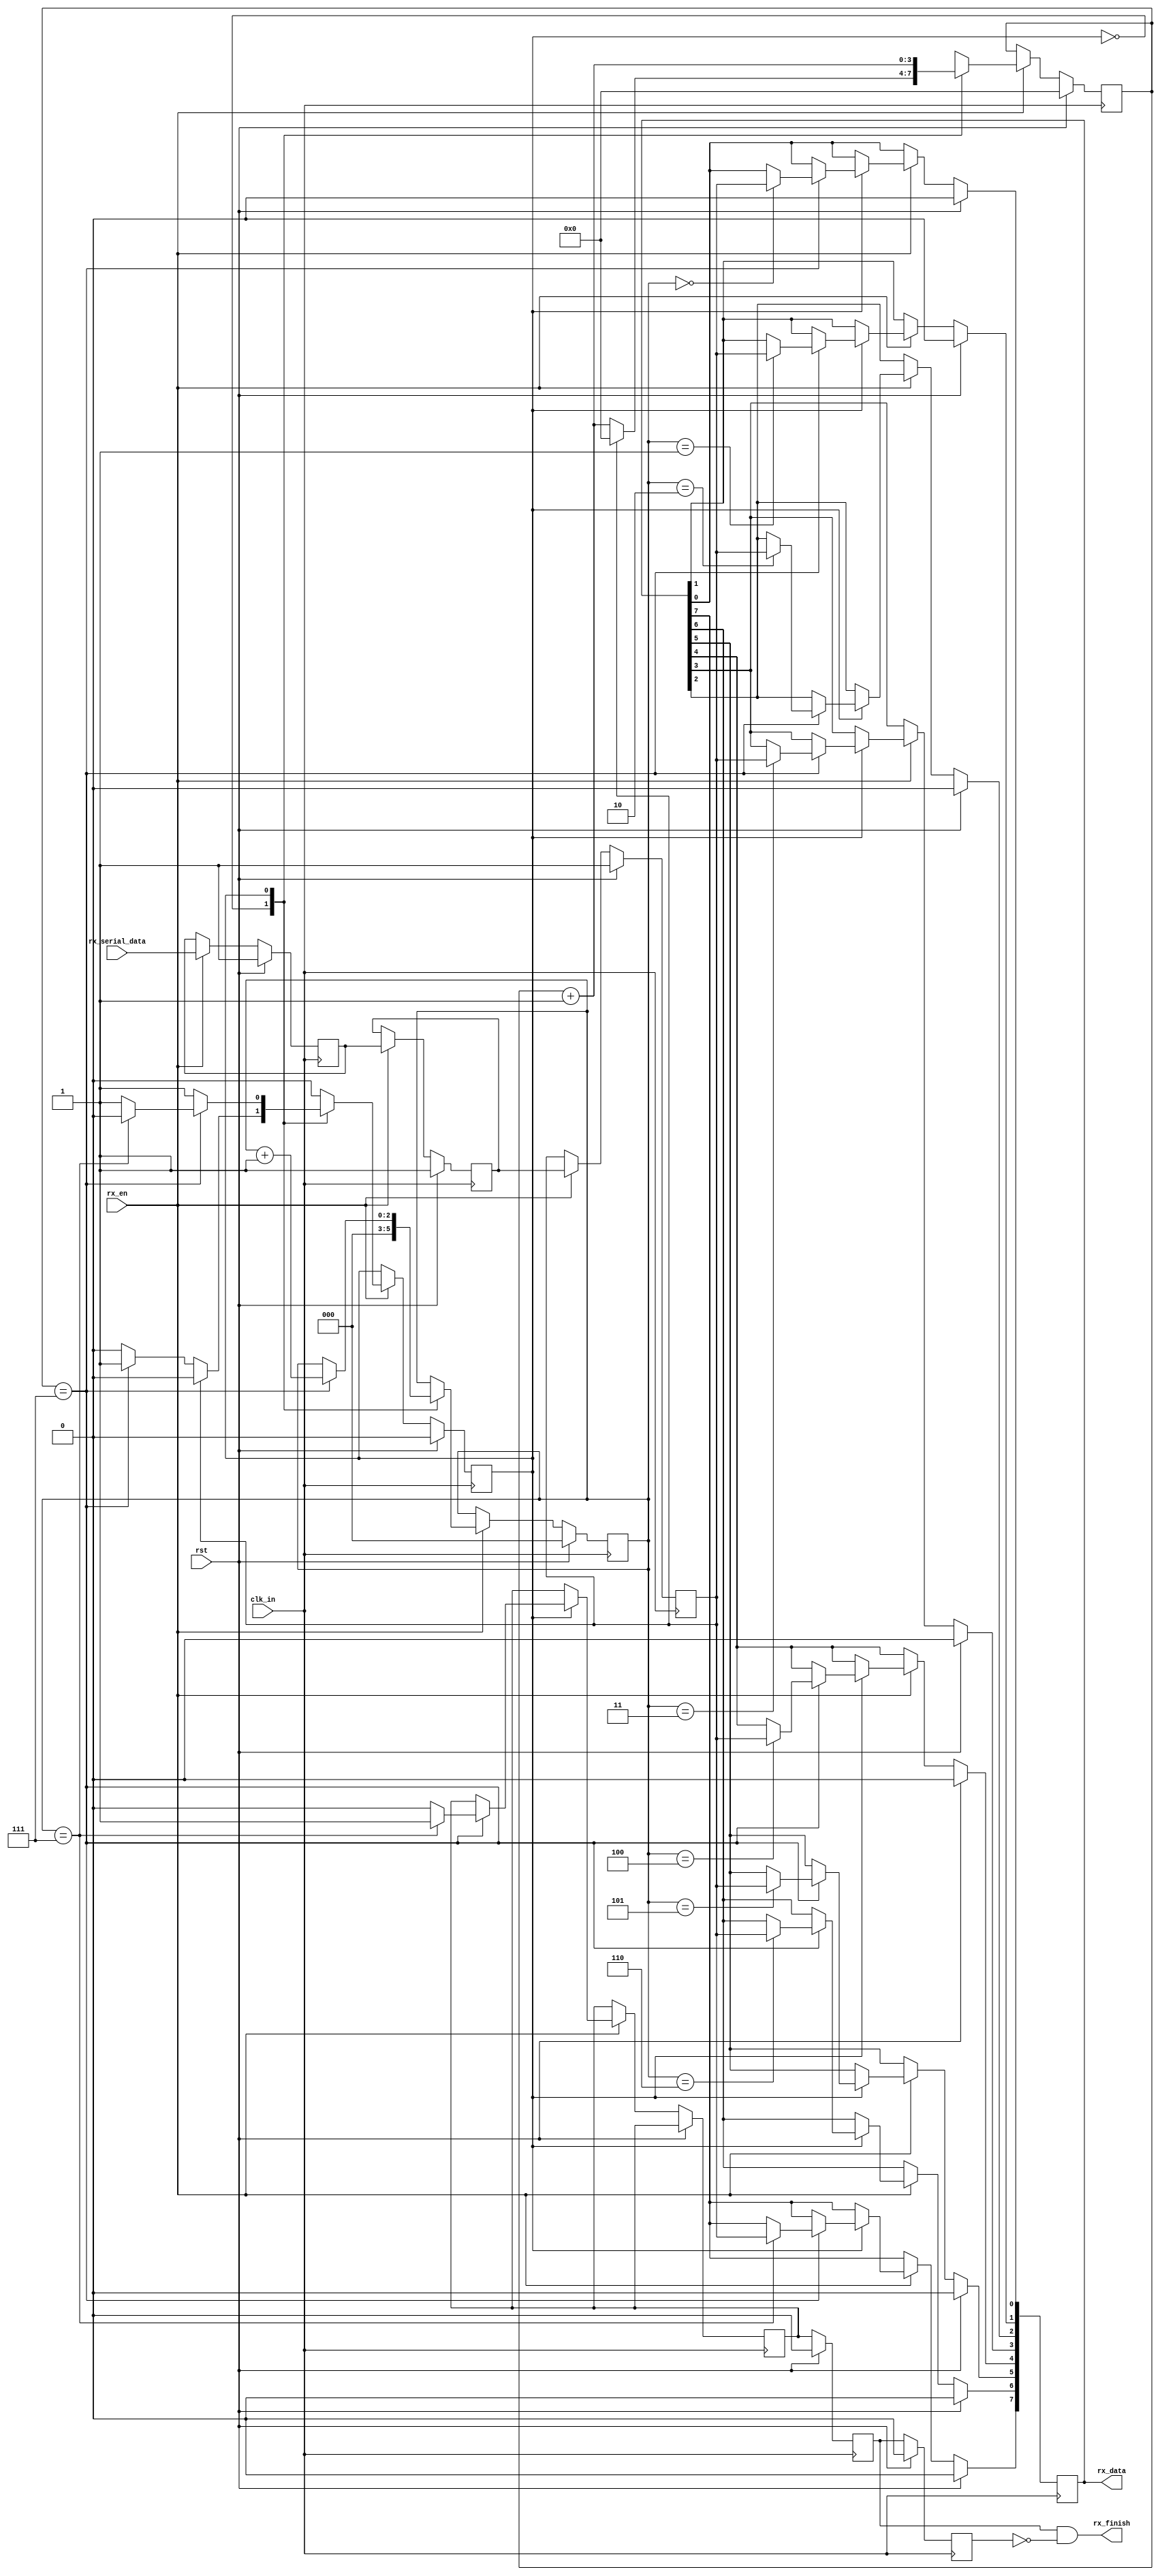
module uart_rx(clk_in,rx_en,rst,rx_serial_data,rx_finish,rx_data);

input wire clk_in;
input wire rx_en;
input wire rst;

input wire rx_serial_data;
output wire rx_finish;
output reg[7:0] rx_data;

// Get The RX sync Signal
// Double Latch The Input
reg rx_serial_data_r,rx_serial_data_r2,rx_serial_data_r3;

always@(posedge clk_in) begin
    if(rst) begin
        rx_serial_data_r <= 1;
        rx_serial_data_r2 <= 1;
        rx_serial_data_r3 <= 1;
    end 
    else if (rx_en == 1) begin
        rx_serial_data_r <= rx_serial_data;
        rx_serial_data_r2 <= rx_serial_data_r;
        rx_serial_data_r3 <= rx_serial_data_r2;
    end
end

wire rx_sync = rx_serial_data_r3;

parameter IDLE = 1'b0;
parameter READ = 1'b1;

reg state;
reg[3:0] sample_cnt;
reg[2:0] rx_cnt;

always @(posedge clk_in) begin
    if (rst) begin
        sample_cnt <= 0;
        rx_cnt <= 0;
        rx_data <= 0;
        state <= IDLE;
    end

    else if (rx_en == 1) begin

        case(state)
            IDLE: begin
            
                rx_cnt <= 0;
                // Justify When To Start Read
                if (rx_sync == 0) begin // Testing The RX Serial 0 (probably START BIT) 
                    sample_cnt <= sample_cnt + 1;

                    if (sample_cnt == 4'd7) begin   // More Than Half The Cycle Is 0
                        state <= READ;      // Enter Read-State
                    end 
                end

                else begin
                    sample_cnt <= 0;
                end

            end
            READ:  begin

                sample_cnt <= sample_cnt+1;

                if (sample_cnt == 4'd7) begin   
                // Dont pose "sample_cnt == 4'd15 here 
                // because the signal may not last till end
                // (cause the clk_tx & clk_rx is not *16 accurately), 
                // we could just sample The signal in middle"

                    rx_cnt <= rx_cnt + 1;

                    if (rx_cnt == 4'd7) begin
                        state <= IDLE;
                        rx_finish_r <= 1;
                    end

                    else begin
                        state <= state;
                        rx_finish_r <= 0;
                    end

                    case(rx_cnt)
                        3'd0: rx_data[0] <= rx_sync;
                        3'd1: rx_data[1] <= rx_sync;
                        3'd2: rx_data[2] <= rx_sync;
                        3'd3: rx_data[3] <= rx_sync;
                        3'd4: rx_data[4] <= rx_sync;
                        3'd5: rx_data[5] <= rx_sync;
                        3'd6: rx_data[6] <= rx_sync;
                        3'd7: rx_data[7] <= rx_sync;
                    endcase

                end
            end
        endcase
    end   
end

// Denote The rx_finish Flag
reg rx_finish_r, rx_finish_r2, rx_finish_r3;

always@(posedge clk_in) begin
    if (rst) begin
        rx_finish_r2 <= 0;
        rx_finish_r3 <= 0;
    end
    else begin
        rx_finish_r2 <= rx_finish_r;
        rx_finish_r3 <= rx_finish_r2;
    end
end

assign rx_finish = rx_finish_r2 & ~rx_finish_r3;


endmodule